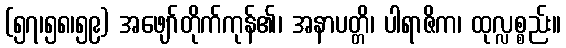
(၅၇၊၅၈၊၅၉) အဖျော်တိုက်ကုန်၏၊ အနာပတ္တိ၊ ပါရာဇိက၊ ထုလ္လစ္စည်း။